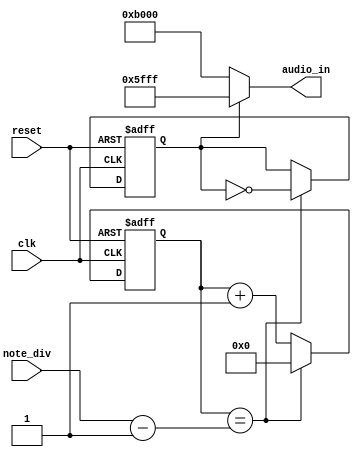
`timescale 1ns / 1ps
//////////////////////////////////////////////////////////////////////////////////
// Company: 
// Engineer: 
// 
// Design Name: 
// Module Name: note_gen
// Project Name: 
// Target Devices: 
// Tool Versions: 
// Description: 
// 
// Dependencies: 
// 
// Revision:
// Revision 0.01 - File Created
// Additional Comments:
// 
//////////////////////////////////////////////////////////////////////////////////



module note_gen(
    input clk,
    input reset,
    input [21:0] note_div,
    output [15:0] audio_in
    );
    
reg [21:0] clk_cnt_next, clk_cnt;
reg b_clk;

assign audio_in = (b_clk == 1'b0) ? 16'hB000 : 16'h5FFF;

always @(posedge clk or negedge reset)
begin
    if(~reset)
    begin 
        clk_cnt <= 22'd0;
        b_clk <= 0;
    end
    else
    begin
        clk_cnt <= clk_cnt_next;
        if (clk_cnt == note_div - 22'd1)
        begin
            clk_cnt <= 22'd0;
            b_clk <= ~b_clk;
        end
    end
end

always @*
begin
    clk_cnt_next <= clk_cnt + 22'd1;
end

endmodule